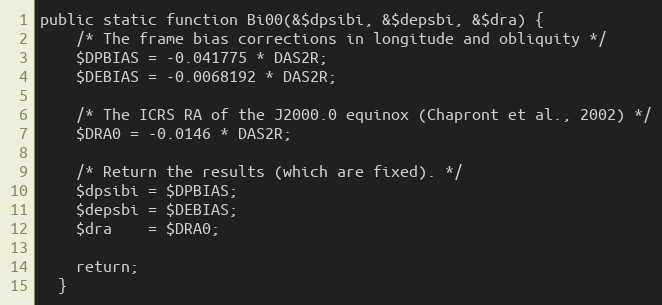
Language: PHP
public static function Bi00(&$dpsibi, &$depsbi, &$dra) {
    /* The frame bias corrections in longitude and obliquity */
    $DPBIAS = -0.041775 * DAS2R;
    $DEBIAS = -0.0068192 * DAS2R;

    /* The ICRS RA of the J2000.0 equinox (Chapront et al., 2002) */
    $DRA0 = -0.0146 * DAS2R;

    /* Return the results (which are fixed). */
    $dpsibi = $DPBIAS;
    $depsbi = $DEBIAS;
    $dra    = $DRA0;

    return;
  }